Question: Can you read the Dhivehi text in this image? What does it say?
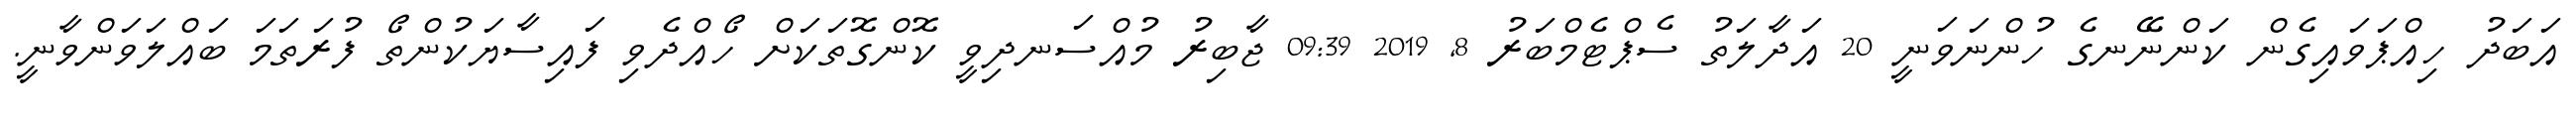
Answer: އަބަދު ހިއްޕަވައިގެން ކަންނޭނގެ ހުންނަވަނީ 20 އަދާލަތު ސެޕްޓެމްބަރު 8, 2019 09:39 ޖާބިރު މުއްސަނދިވީ ކޮންގޮތަކަށް ހޯއްދެވި ފައިސާޔަކުންތޯ ފުރަތަމަ ބައްލަވަންވާނީ.